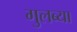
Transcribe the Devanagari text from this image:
गुलब्या